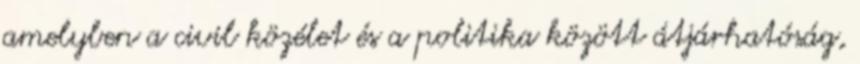
amelyben a civil közélet és a politika között átjárhatóság,